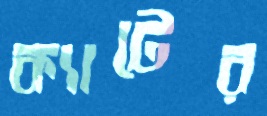
ক্যাটের